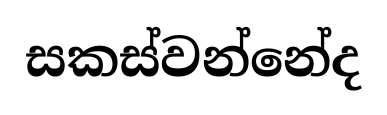
සකස්වන්නේද